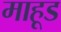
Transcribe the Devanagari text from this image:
माहूड